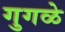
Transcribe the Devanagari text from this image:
गुगळे